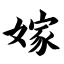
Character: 嫁